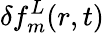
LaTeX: \delta f_{m}^{L}(r,t)